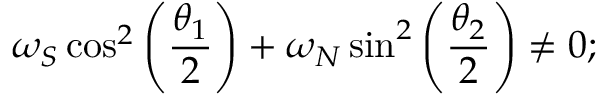
\omega _ { S } \cos ^ { 2 } \left( \frac { \theta _ { 1 } } { 2 } \right) + \omega _ { N } \sin ^ { 2 } \left( \frac { \theta _ { 2 } } { 2 } \right) \neq 0 ;